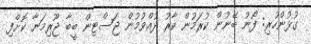
ގުޅުންހުރި: ފޯނު ބޭނުން ކުރަމުން ކާރު ދުއްވުމުން ޖަސްޓިން ބީބާ ޖޫރިމަނާ ކޮށްފި